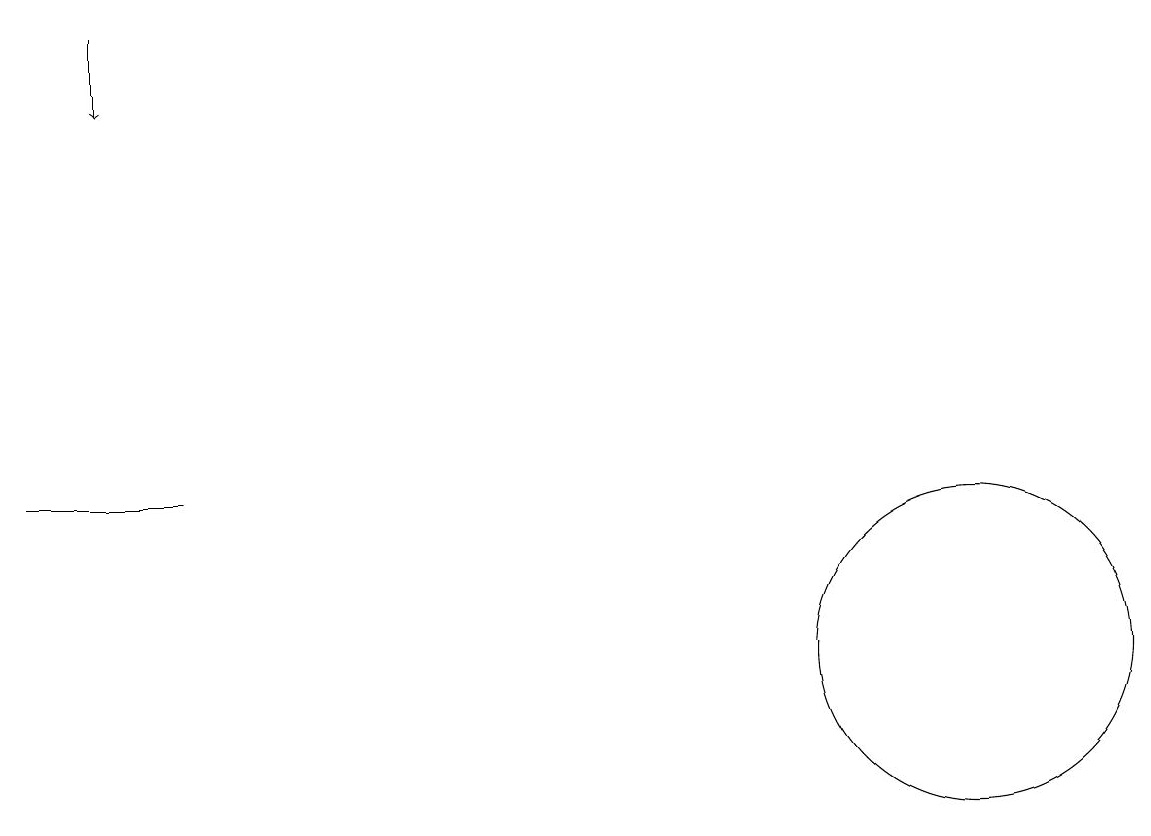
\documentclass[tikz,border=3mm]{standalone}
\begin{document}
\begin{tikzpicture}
\draw[->] (1,18) -- (1,17);
\draw (12,10) circle (2);
\draw (0,12) rectangle (2,12);
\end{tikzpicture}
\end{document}